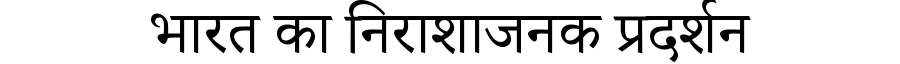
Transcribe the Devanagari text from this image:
भारत का निराशाजनक प्रदर्शन